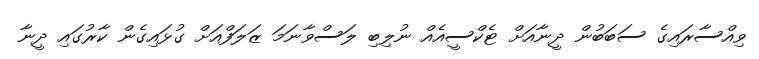
ވިއްސާރައިގެ ސަބަބުން ދީނާއަށް ޓެކްސީއެއް ނުލިބި ލަސްވާނަމަ ޒަލަފްއަށް ގުޅައިގެން ކާރުގައި ދީނާ